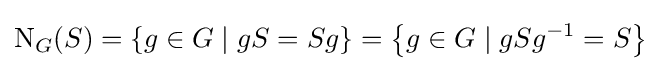
\mathrm {N} _{G}(S)=\left\{g\in G\mid gS=Sg\right\}=\left\{g\in G\mid gSg^{-1}=S\right\}